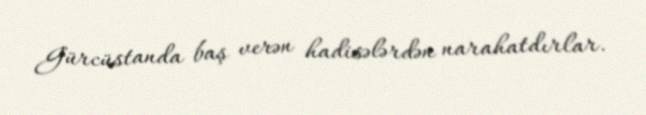
Gürcüstanda baş verən hadisələrdən narahatdırlar.